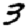
Digit: 3